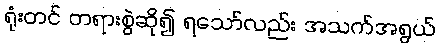
ရုံးတင် တရားစွဲဆို၍ ရသော်လည်း အသက်အရွယ်